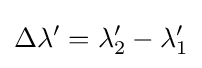
\Delta \lambda '=\lambda _{2}'-\lambda _{1}'